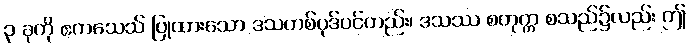
၃ ခုကို ဧကသေသ် ပြုထားသော ဒသတစ်ပုဒ်ပင်တည်း၊ ဒသဿ စတုက္က စသည်၌လည်း ဤ